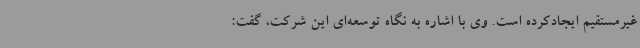
غیرمستقیم ایجادکرده است. وی با اشاره به نگاه توسعه‌ای این شرکت، گفت: